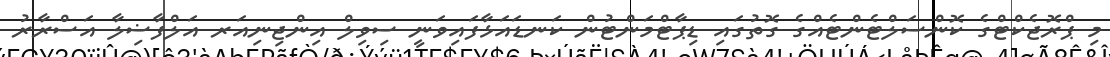
މި ޕްރޮޖެކްޓްގެ ކޮންސަލްޓެންޓެއްގެ ގޮތުގައި ޑިޕާޓްމަންޓުން ކަނޑައަޅާފައިވަނީ ސިވިލް އިންޖިނިއަރ އަލްފާޟިލާ އަސްރާރު